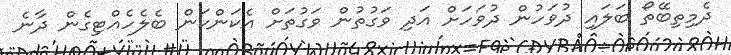
ދެމިތިބޭތޯ ބަލައި ދުވަހުން ދުވަހަށް އަދި ވަގުތުން ވަގުތަށް އެކަންކަން ބެލެހެއްޓިގެން ދާނެ